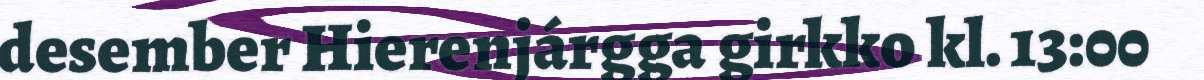
desember Hierenjárgga girkko kl. 13:00